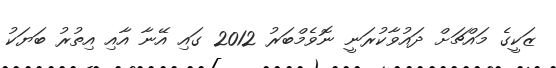
ޒަކީގެ މައްޗަށް ދައުވާކުރަނީ ނޮވެމްބަރު 2012 ގައި އޭނާ އާއި އިތުރު ބަޔަކު